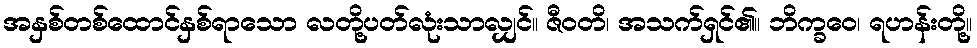
အနှစ်တစ်ထောင်နှစ်ရာသော လတို့ပတ်လုံးသာလျှင်။ ဇီဝတိ၊ အသက်ရှင်၏။ ဘိက္ခဝေ၊ ရဟန်းတို့။